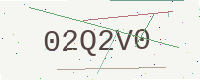
Text: 02Q2V0